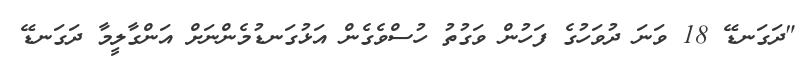
"ދަގަނޑޭ 18 ވަނަ ދުވަހުގެ ފަހުން ވަގުތު ހުސްވެގެން އަޅުގަނޑުމެންނަށް އަންގާލީމާ ދަގަނޑޭ